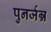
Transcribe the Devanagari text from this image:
पुनर्जन्न